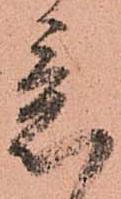
意